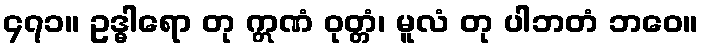
၄၇၁။ ဥဒ္ဓါရော တု ဣဏံ ဝုတ္တံ၊ မူလံ တု ပါဘတံ ဘဝေ။